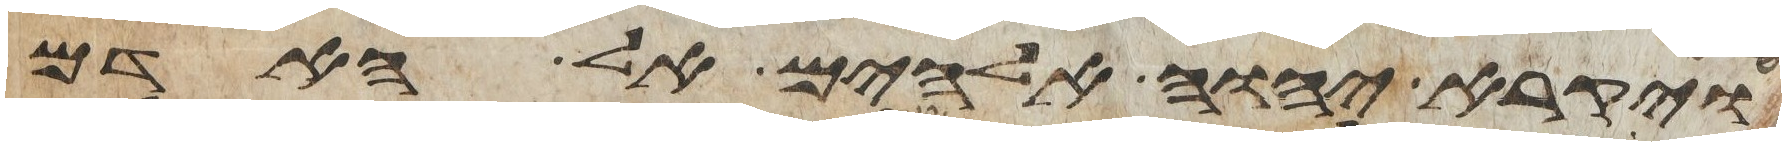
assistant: ויקרא יהוה אלהים אל האדם